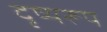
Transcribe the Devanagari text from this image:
दृष्यरूप